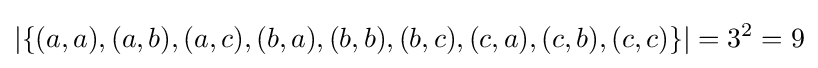
\left\vert \{(a,a),(a,b),(a,c),(b,a),(b,b),(b,c),(c,a),(c,b),(c,c)\}\right\vert =3^{2}=9